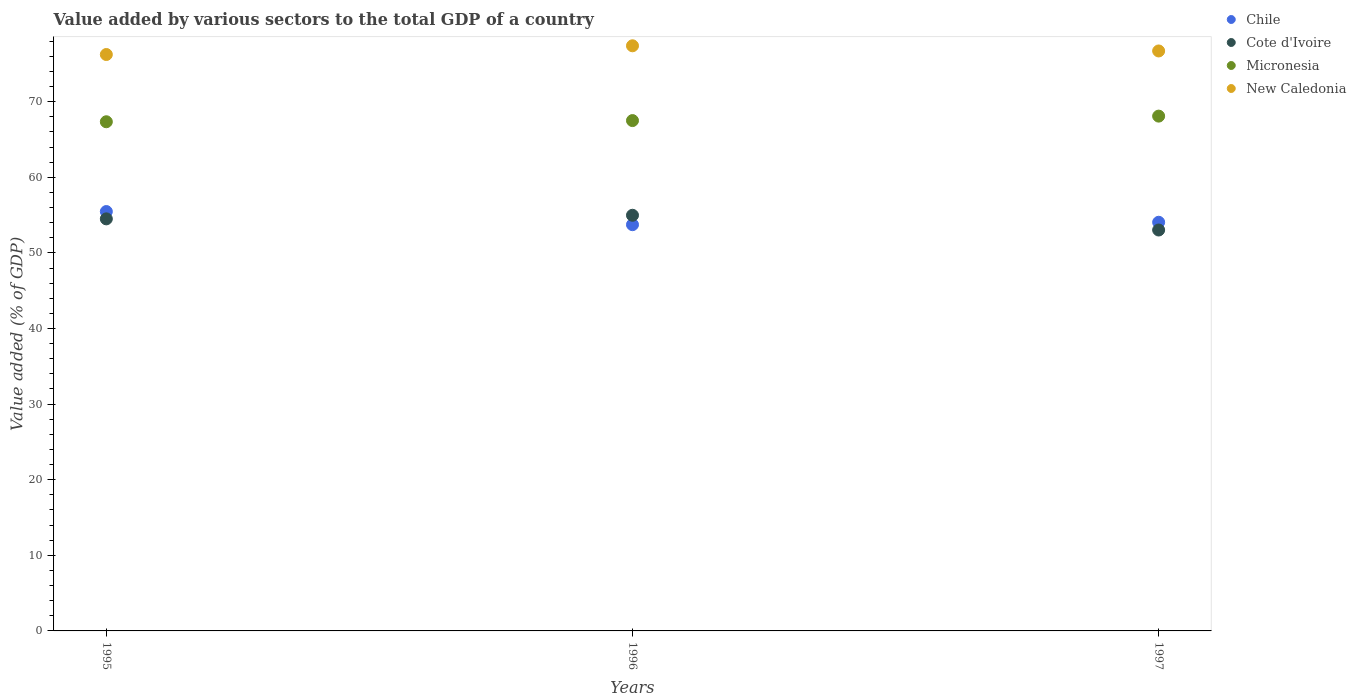
| Years | Chile | Cote d'Ivoire | Micronesia | New Caledonia |
 | --- | --- | --- | --- | --- |
 | 1995 | 55.5 | 54.5 | 67.3 | 76.2 |
 | 1996 | 53.7 | 55 | 67.5 | 77.4 |
 | 1997 | 54.1 | 53 | 68.1 | 76.7 |